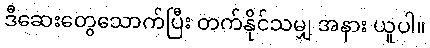
ဒီဆေးတွေသောက်ပြီး တက်နိုင်သမျှ အနား ယူပါ။